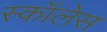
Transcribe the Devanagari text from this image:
स्कॉलेस